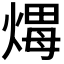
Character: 𤌖